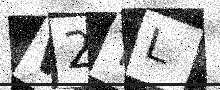
Text: W2TL